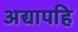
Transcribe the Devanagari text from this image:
अद्यापहि